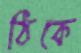
ঠিকে